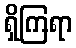
ရှိကြရာ